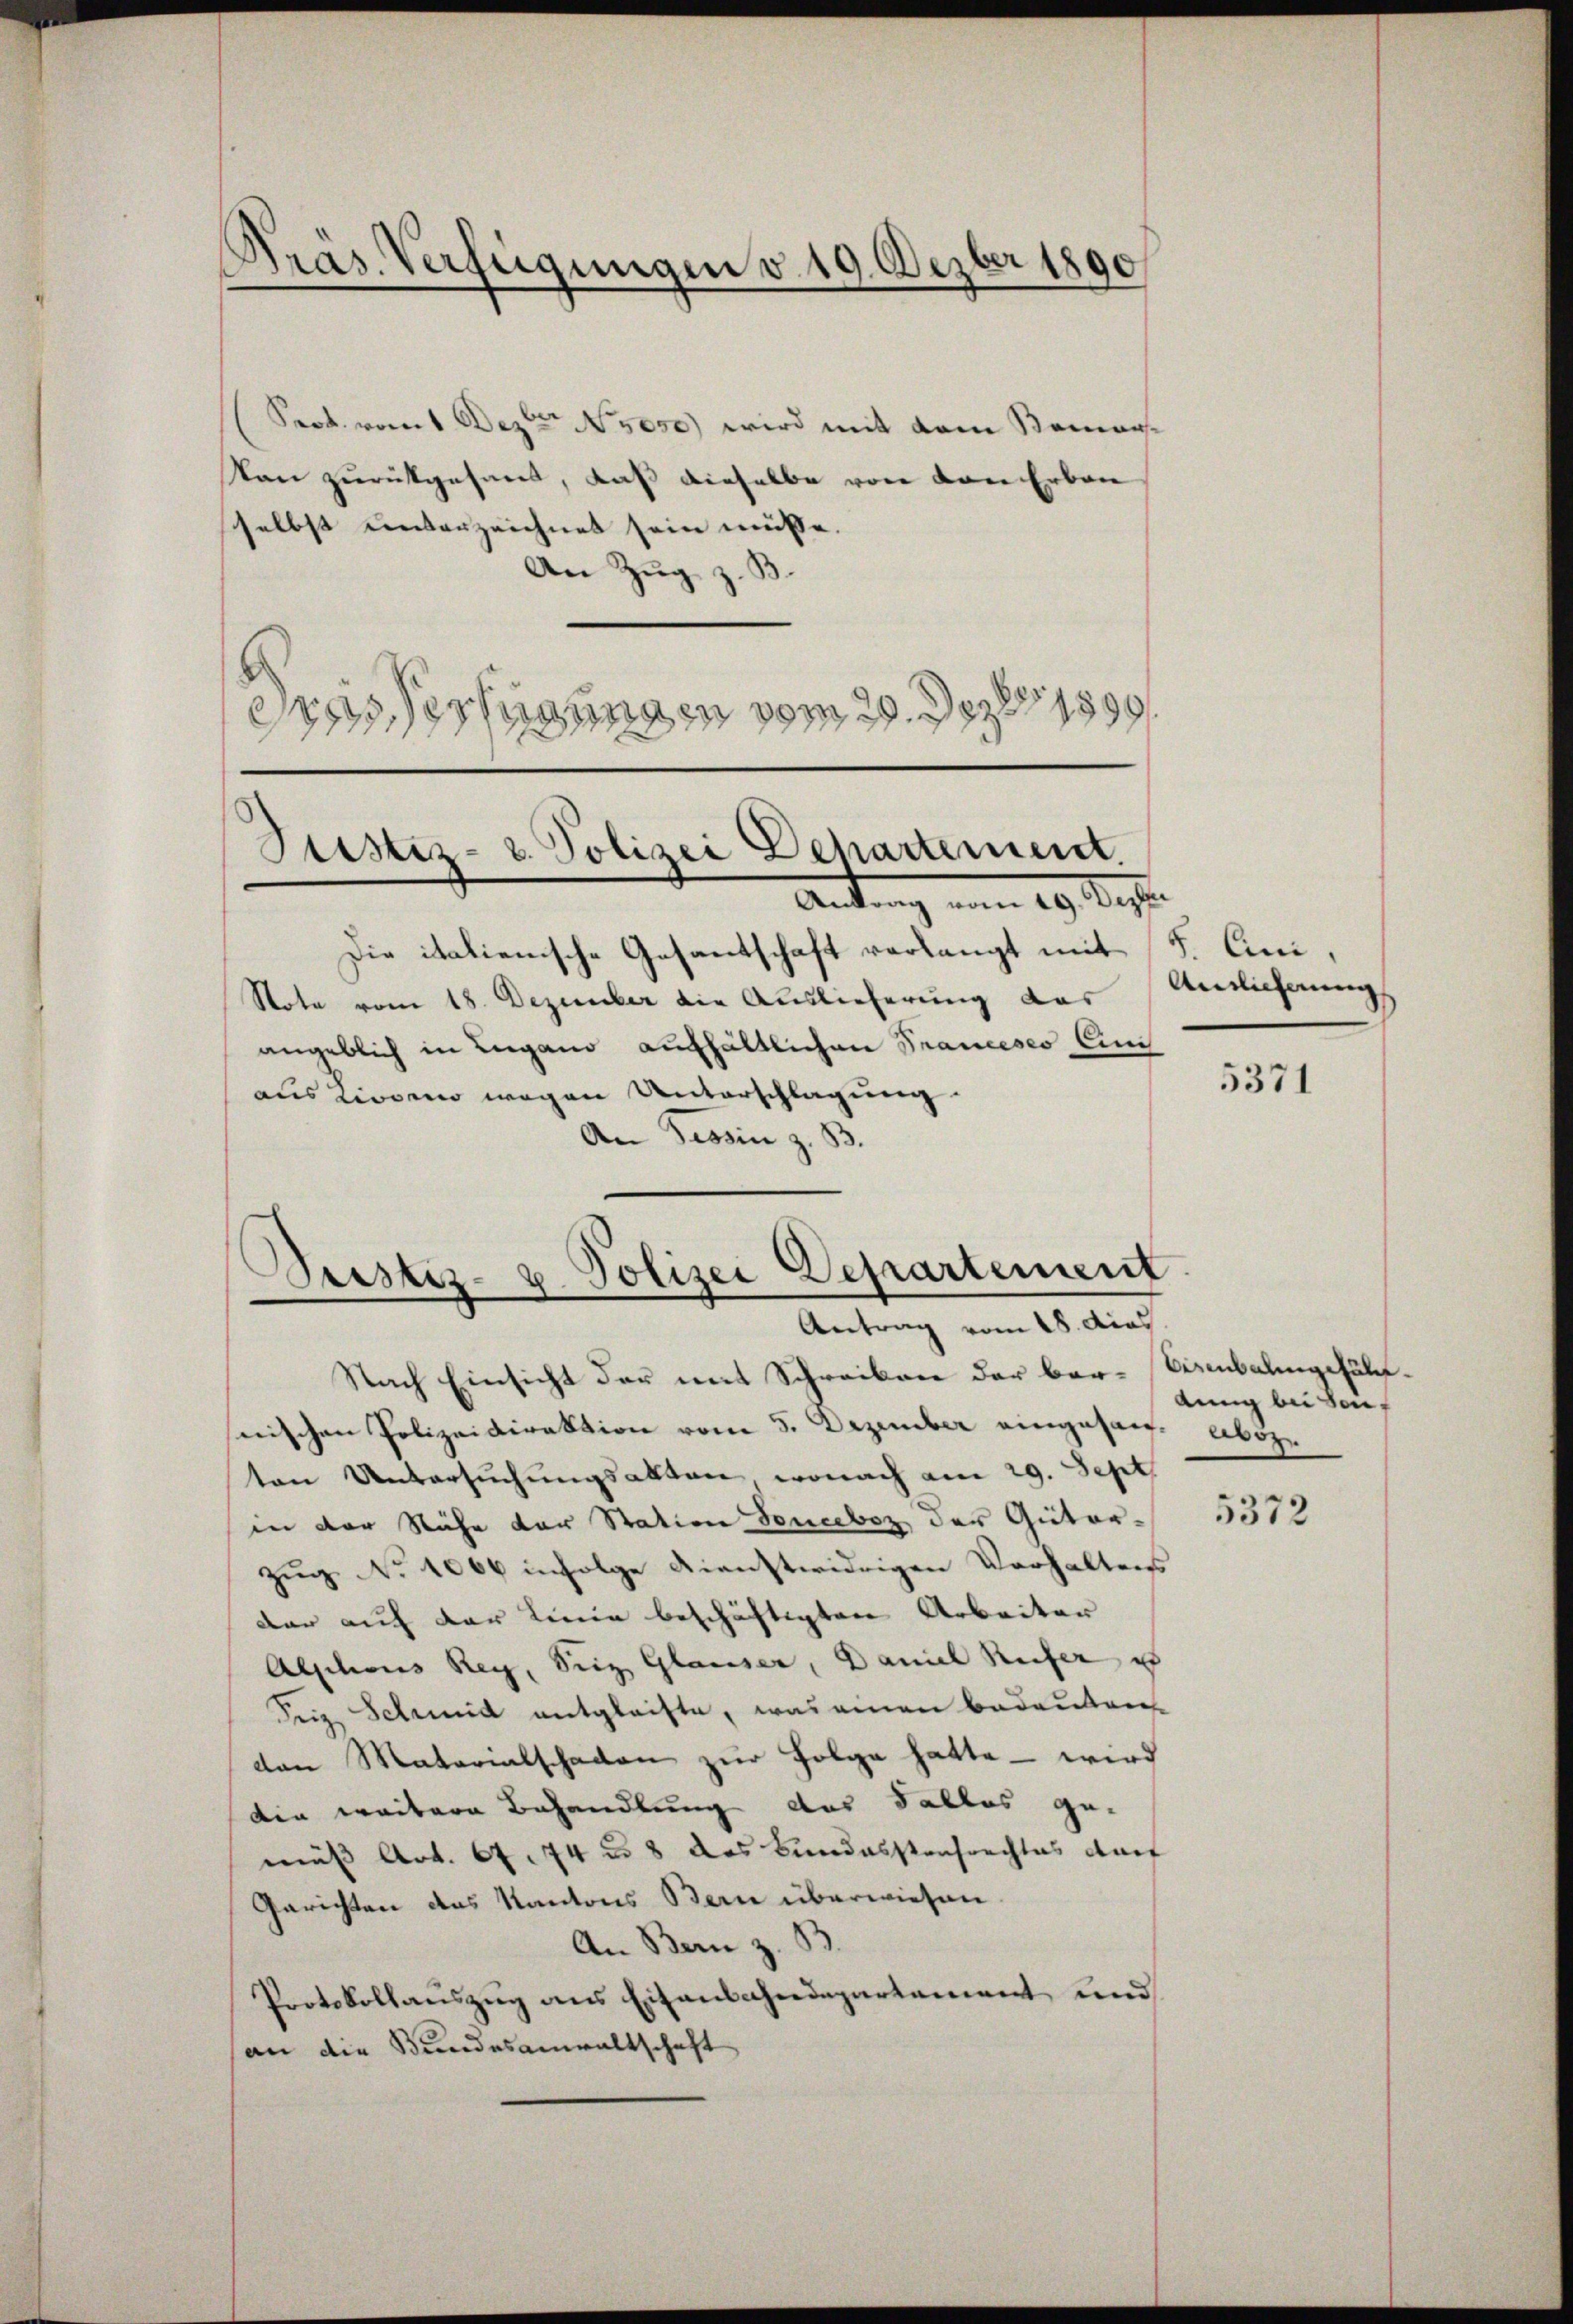
Kras. Verfügungen v. 19. Dezber 1890

Prok. vom 1. Deztr N 5050) wird mit dem Remar¬
Von zurückgesant, daß dieselbe von von Erbau
selbst unterzeichnet sein müsse.
An Zug z. B.
.
esserungen vom 29. Dez. 1890

Stistiz- & Polizei Departement
Antrag vom 29. Sept.

Polizei Departement
Justiz-
Antrag vom 18. dies

Die italienische Gesantschaft verlangt mit
Note vom 18. Dezember die Auslieferung das
angeblich in Lugano aufhältlichen Franceses Eini
aus Kiosen wegen Unterschlagung.
An Tessin z. B.

Nach Einsicht der mit Schreiben der bar-Besmbalingefälsnischen Polizeidirektion vom 5. Dezember eingesan. Aber
ten Untersuchungsakten, wonach am 29. Sept.
in der Nähe der Station Soneebez der Güter-
zug No 1066 infolge dienstwidrigen Verhaltens
dar auf der Linie beschäftigten Arbeiter
Alphons Rey, Seiz Glauser, Daniel Reifer u
Seiz Scheid entgleiste, was einen bedeuten
den Materialschaden zur Folge hatte – wird
din weitere Behandlung des Falles ge-
müß Art. 64. 74 u. 8 das Bundesstrafrechtes auf
Gerichten das Kantons Bern überwiesen
An Bern z. B.
Protokollauszug aus Eisenbahndepartement und
an die Bundesanwaltschaft

S. Qui,
Anlicherung

5371

dung bei Seif

5372